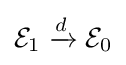
{\mathcal {E}}_{1}\xrightarrow {d} {\mathcal {E}}_{0}